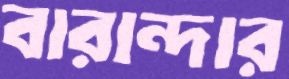
বারান্দার